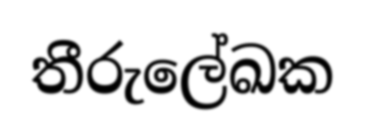
තීරුලේඛක